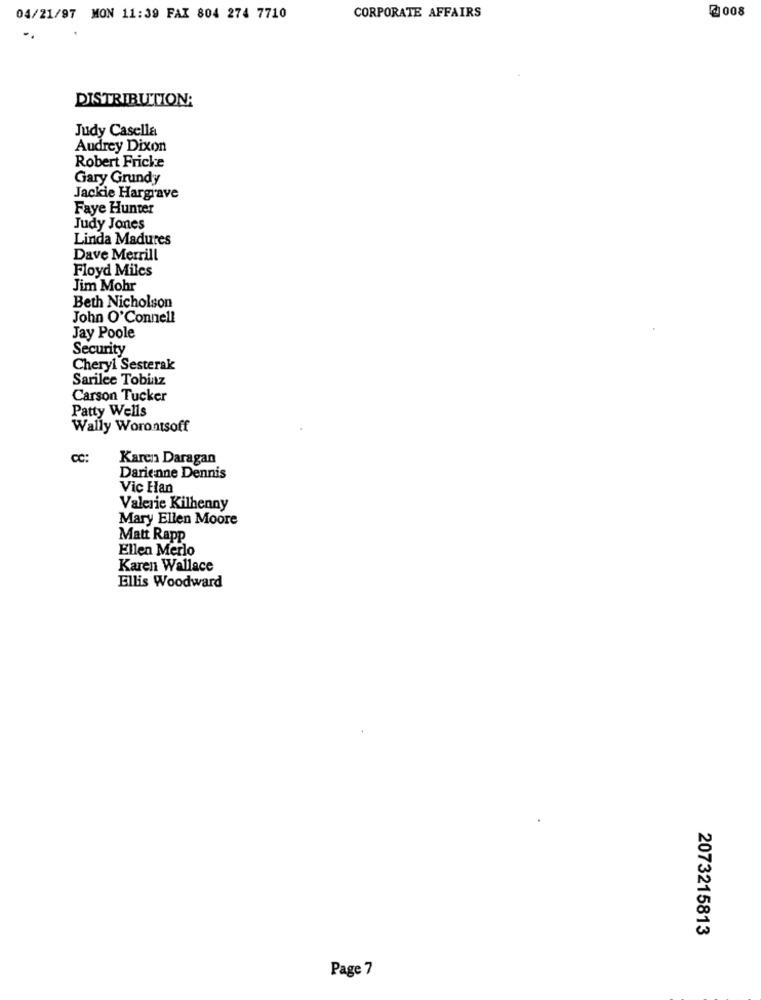
@ 008
04/21/97 MON 11:39 FAX 804 274 7710
CORPORATE AFFAIRS
DISTRIBUTION:
Judy Casella
Audrey Dixon
Robert Fricke
Gary Grundy
Jackie Hargrave
Faye Hunter
Judy Jones
Linda Madures
Dave Merrill
Floyd Miles
Jim Mohr
Beth Nicholson
John O'Connell
Jay Poole
Security
Cheryl Sesterak
Sarilee Tobinz
Carson Tucker
Patty Wells
Wally Worontsoff
CC:
Karen Daragan
Darienne Dennis
Vic Han
Valerie Kilhenny
Mary Ellen Moore
Matt Rapp
Ellen Merlo
Karen Wallace
Ellis Woodward
2073215813
Page 7